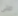
صلى